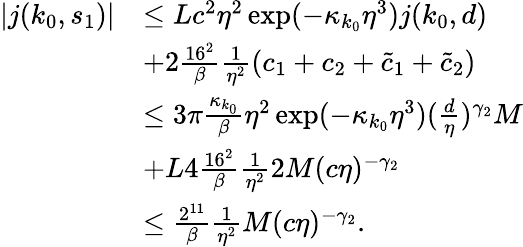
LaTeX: \begin{array}{rl}{\vert j(k_{0},s_{1})\vert}&{\le Lc^{2}\eta^{2}\exp(-\kappa_{k_{0}}\eta^{3})j(k_{0},d)}\\ &{+2\frac{16^{2}}\beta\frac 1{\eta^{2}}(c_{1}+c_{2}+\tilde{c}_{1}+\tilde{c}_{2})}\\ &{\le 3\pi\frac{\kappa_{k_{0}}}\beta\eta^{2}\exp(-\kappa_{k_{0}}\eta^{3})(\frac d\eta)^{\gamma_{2}}M}\\ &{+L4\frac{16^{2}}\beta\frac 1{\eta^{2}}2M(c\eta)^{-\gamma_{2}}}\\ &{\le\frac{2^{11}}\beta\frac 1{\eta^{2}}M(c\eta)^{-\gamma_{2}}.}\end{array}